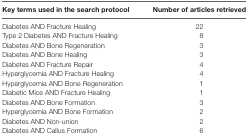
<table><thead><tr><td><b>Key terms used in the search protocol</b></td><td><b>Number of articles retrieved</b></td></tr></thead><tbody><tr><td>Diabetes AND Fracture Healing</td><td>22</td></tr><tr><td>Type 2 Diabetes AND Fracture Healing</td><td>8</td></tr><tr><td>Diabetes AND Bone Regeneration</td><td>3</td></tr><tr><td>Diabetes AND Bone Healing</td><td>3</td></tr><tr><td>Diabetes AND Fracture Repair</td><td>4</td></tr><tr><td>Hyperglycemia AND Fracture Healing</td><td>4</td></tr><tr><td>Hyperglycemia AND Bone Regeneration</td><td>1</td></tr><tr><td>Diabetic Mice AND Fracture Healing</td><td>1</td></tr><tr><td>Diabetes AND Bone Formation</td><td>3</td></tr><tr><td>Hyperglycemia AND Bone Formation</td><td>2</td></tr><tr><td>Diabetes AND Non-union</td><td>2</td></tr><tr><td>Diabetes AND Callus Formation</td><td>6</td></tr></tbody></table>